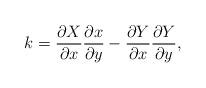
LaTeX: \begin{align*}k=\frac{\partial X}{\partial x}\frac{\partial x}{\partial y}- \frac{\partial Y}{\partial x}\frac{\partial Y}{\partial y},\end{align*}